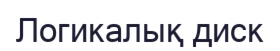
Логикалық диск